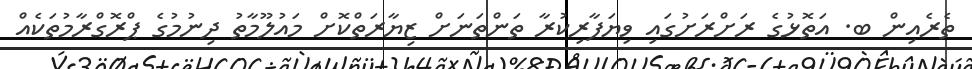
ތެރެއިން ބ. އަތޮޅުގެ ރަށްރަށުގައި ވިޔަފާރިކުރާ ތަންތަނަށް ޒިޔާރަތްކޮށް މައުލޫމާތު ދިނުމުގެ ޕްރޮގްރާމުތަކެއް